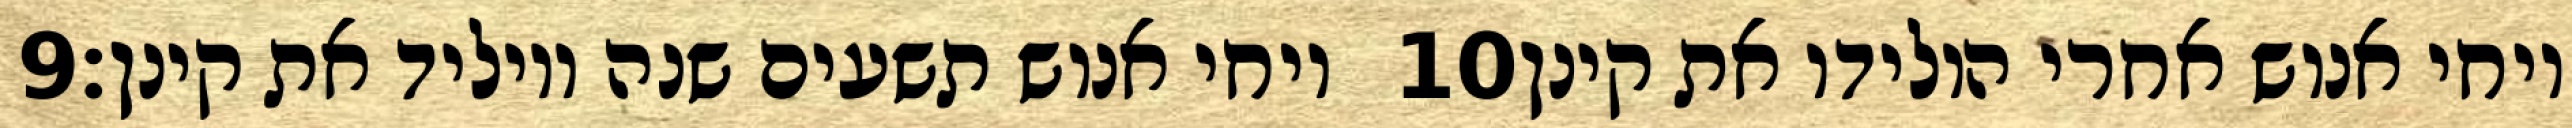
‎9‏ ויחי אנוש תשעים שנה ויוליד את קינן׃ ‎10‏ ויחי אנוש אחרי הולידו את קינן